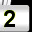
Digit: 2